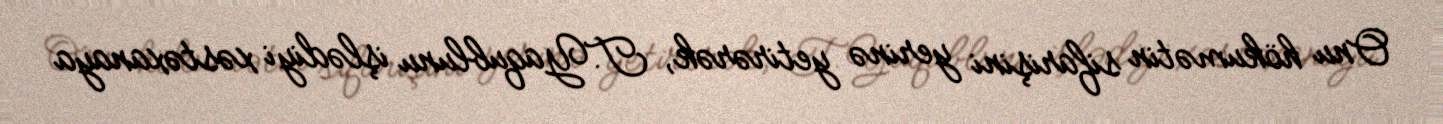
Onu hökumətin sifarişini yerinə yetirərək, T.Yaqublunu işlədiyi xəstəxanaya